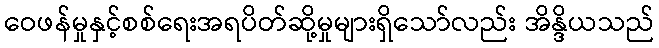
ဝေဖန်မှုနှင့်စစ်ရေးအရပိတ်ဆို့မှုများရှိသော်လည်း အိန္ဒိယသည်